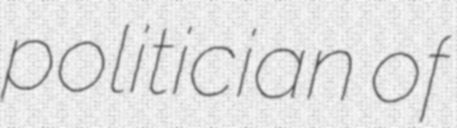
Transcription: politician of